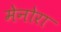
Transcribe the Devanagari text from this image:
मेनोरा